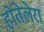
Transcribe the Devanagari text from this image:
होतेलेरा